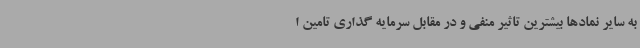
به سایر نمادها بیشترین تاثیر منفی و در مقابل سرمایه گذاری تامین ا